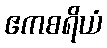
ဧကစရိယံ